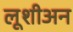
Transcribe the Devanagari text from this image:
लूशीअन